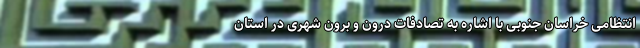
انتظامی خراسان جنوبی با اشاره به تصادفات درون و برون شهری در استان